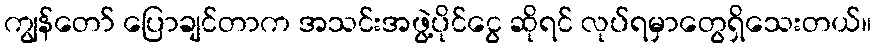
ကျွန်တော် ပြောချင်တာက အသင်းအဖွဲ့ပိုင်ငွေ ဆိုရင် လုပ်ရမှာတွေရှိသေးတယ်။